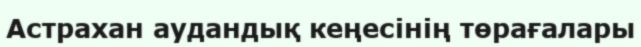
Астрахан аудандық кеңесінің төрағалары